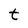
Character: t